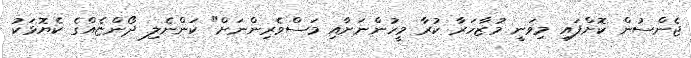
ޖެންސުން ކޮށްފައި މިވަނީ މުޒާހަރާ ކުރާ މީހުންނަށާއި މަސްވެރިންނަށް" ކަންނެލި ދޯންޏެއްގެ ކެޔޮޅަކު